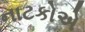
નાટકોએ